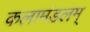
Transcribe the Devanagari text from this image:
कलामंडलम्‌